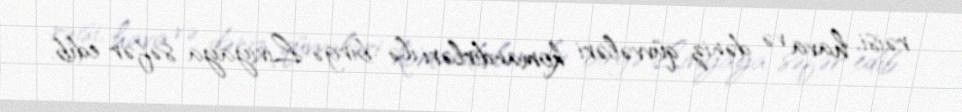
rəisi, hava və dəniz qüvvələri komandirləri ilə birgə Liviyaya səfər edib.